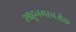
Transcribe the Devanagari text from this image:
शाहूनगरनजीक